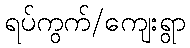
ရပ်ကွက်/ကျေးရွာ